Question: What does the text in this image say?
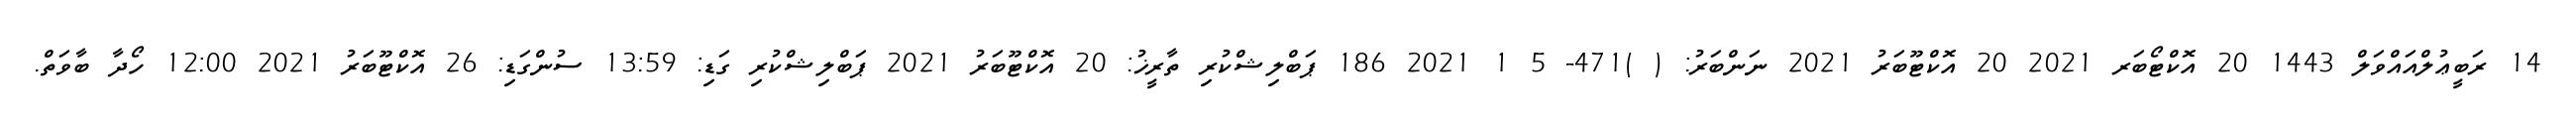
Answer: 14 ރަބީޢުލްއައްވަލް 1443 20 އޮކްޓޯބަރ 2021 20 އޮކްޓޫބަރު 2021 ނަންބަރު: ( )471- 5 1 2021 186 ޕަބްލިޝްކުރި ތާރީޚު: 20 އޮކްޓޫބަރު 2021 ޕަބްލިޝްކުރި ގަޑި: 13:59 ސުންގަޑި: 26 އޮކްޓޫބަރު 2021 12:00 ހޯދާ ބާވަތް.